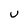
Character: U